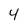
Character: 4